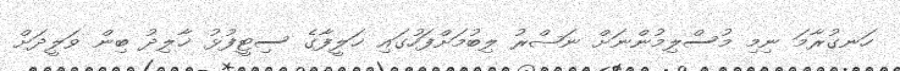
ހަނގުރާމަ ނިމި މުސްލިމުންނަށް ނަޞްރު ލިބުމަށްފަހުގައި ޚަލީފާގެ ސިޓީފުޅު ޚާލިދު ބިން ވަލީދަށް